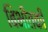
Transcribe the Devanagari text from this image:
बिभीतकी